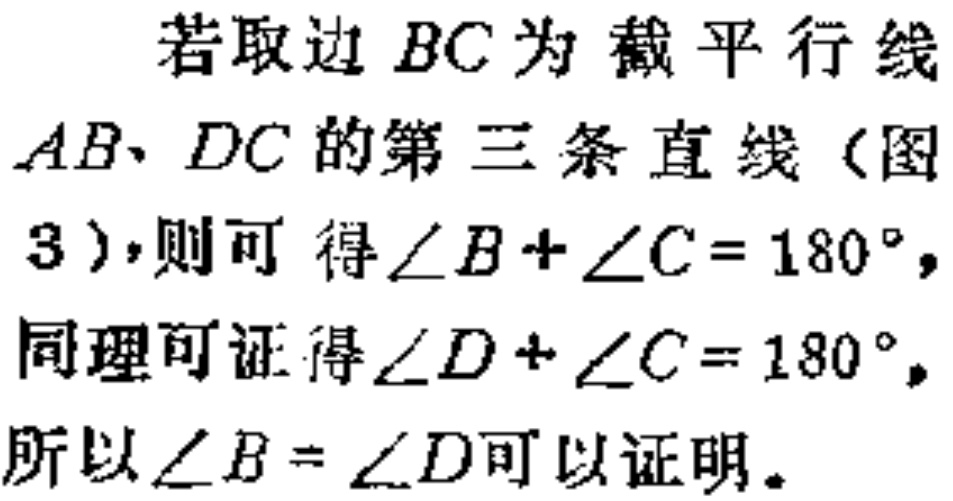
若取边 \(BC\) 为截平行线 \(AB、DC\) 的第三条直线（图 \(3\)），则可得\(\angle B + \angle C = 180^{\circ}\)，同理可证得\(\angle D + \angle C = 180^{\circ}\)，所以\(\angle B = \angle D\)可以证明。